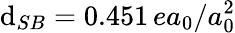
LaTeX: \mathrm{d}_{SB}=0.451\, ea_{0}/a_{0}^{2}